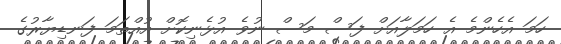
ހަަމަ އެހެންމެ އެ ހަަމަލާއަށް ފަސް މަސް ނުވެ އުޅެނިކޮށް އުއްތަމަ ފަނޑިޔާރުގެ